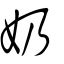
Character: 奶